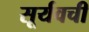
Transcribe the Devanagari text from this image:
सूर्यवची